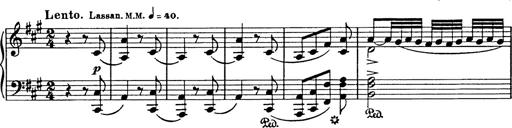
Title: Hungarian Rhapsody No.18
Composer: Franz Liszt
Key: F-sharp minor